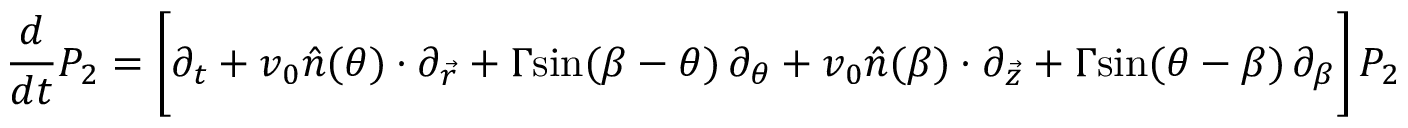
{ \frac { d } { d t } } P _ { 2 } = \bigg [ \partial _ { t } + v _ { 0 } \hat { n } ( \theta ) \cdot \partial _ { \vec { r } } + \Gamma \mathrm { s i n } ( \beta - \theta ) \, \partial _ { \theta } + v _ { 0 } \hat { n } ( \beta ) \cdot \partial _ { \vec { z } } + \Gamma \mathrm { s i n } ( \theta - \beta ) \, \partial _ { \beta } \bigg ] \, P _ { 2 }